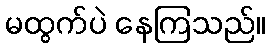
မထွက်ပဲ နေကြသည်။